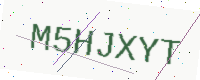
Text: M5HJXYT